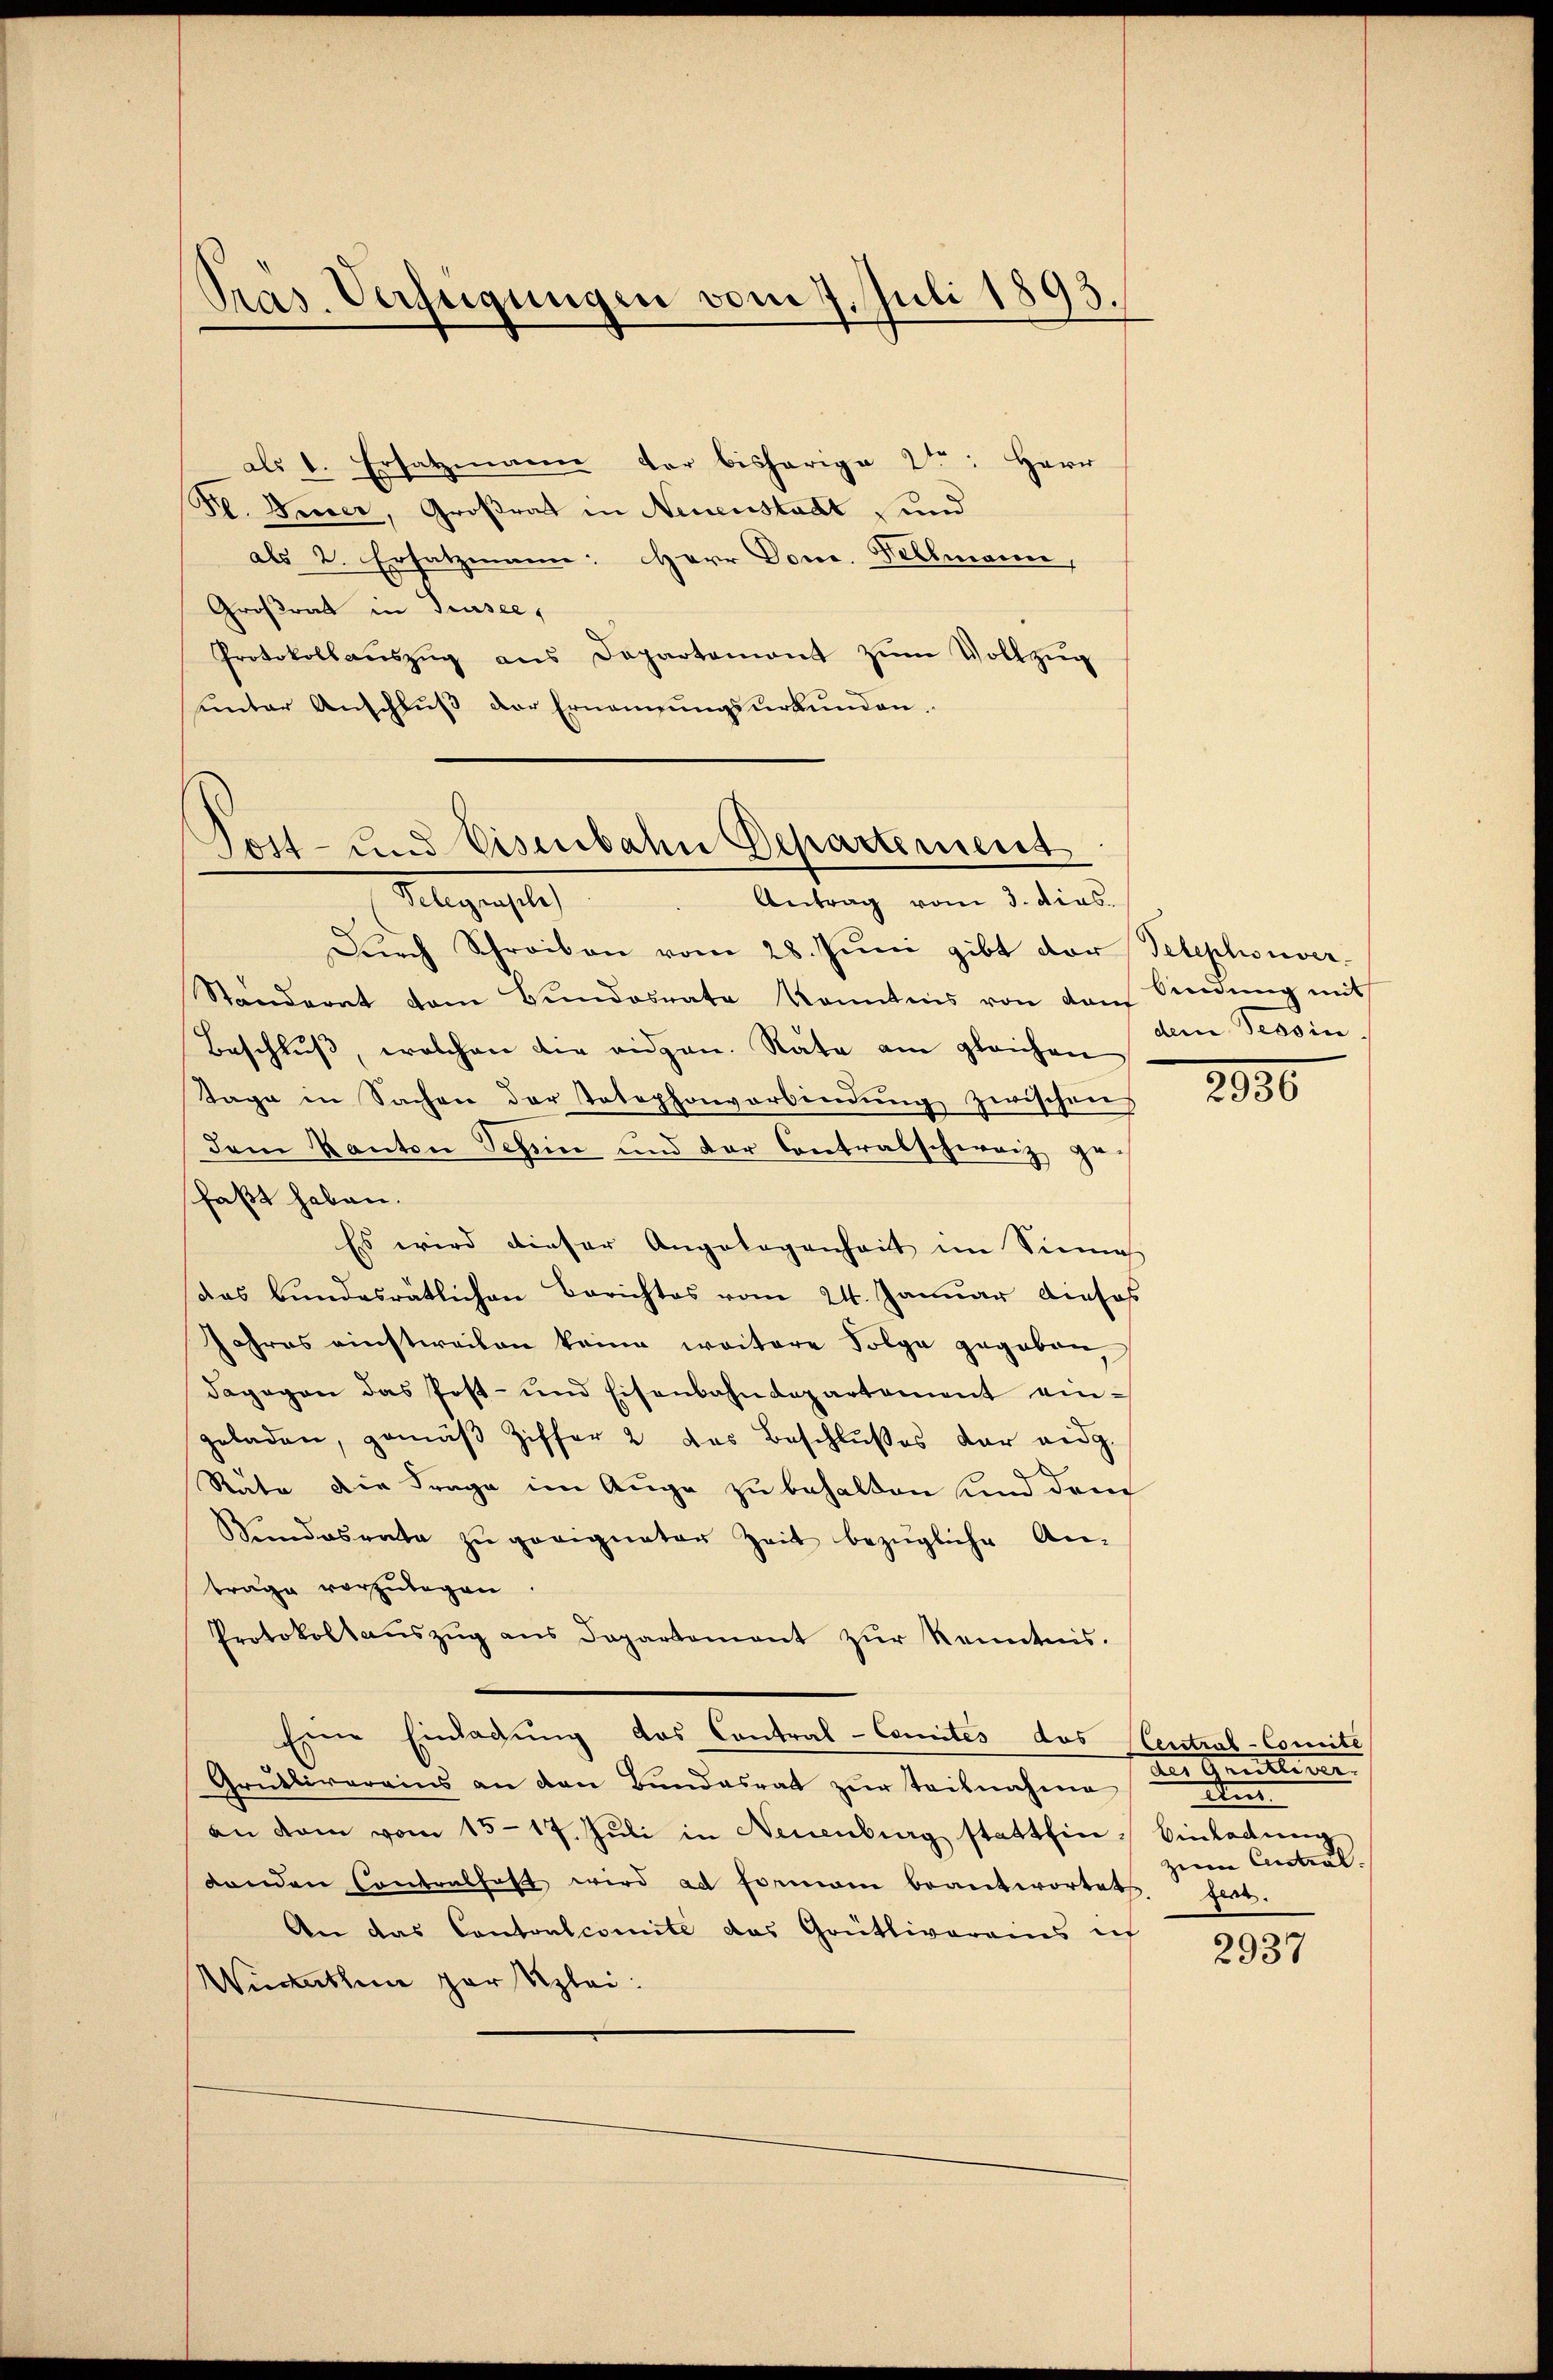
Pras. Verfügungen vom 7. Juli 1893.

als 1. Ersatzmann der bisherige 2ten: Herr
Fl. Vener, Großrat in Neuenstadt, und
als 2. Ersatzmann: Herr Done. Nellmann,
Großrath in Trusee,
Protokollaŭszŭg ans Departemont zum Vollzug
unter Anschluß der Ernennungsurkunden.

Tott- und Eisenbahn Departement
Telegengeleg
Antrag vom 3. dies

Durch Schreiben vom 28. Juni gibt der Telephonver¬
Ständerat vom Bŭndesrate Kenntnis von dem Sindŭng mit
Beschluß, welchen die eidgen. Rate am gleichen
Tage in Sachen der Totephonverbindung zwischen
dem Kanton Schin und der Contralschweiz ge
faßt haben.
Es wird dieser Angelegenheit im Sinne
das bundesrätlichen Berichtes vom 24. Januar dieses
Jahres einstweilen keine weitere Folge gegeben,
dagegen das Post- und Eisenbahndepartement eingeladen, gemäβ Ziffer 2 das Beschlŭβes der eidg.
Räte die Frage im Auge zu behalten und dem
Sindosrate zŭ geeigneter Zeit bezügliche An-
träge vorzulegen.
Protokollaŭszŭg ans Departement zŭr Kenntnis.
Eine Einladung das Contral-Comités das Central-Comité
Gruktiverains an den Bundesrat zŭr Teilnahme
an dem vom 15.17. Jŭli in Neuenburg statthin - Einladung
denden Contralhaft wird ad Formani beantwortet
An das Contoulcomite das Grütliverains ich
Winterthum zur Klei

dem Tessin.

2080

der Quittirer. |
d
zum Central
gert.

2937